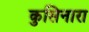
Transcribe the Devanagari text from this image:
कुसिनारा